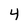
Character: 4